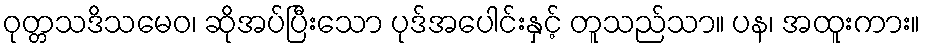
ဝုတ္တသဒိသမေဝ၊ ဆိုအပ်ပြီးသော ပုဒ်အပေါင်းနှင့် တူသည်သာ။ ပန၊ အထူးကား။